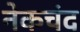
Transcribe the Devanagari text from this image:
नेकचंद